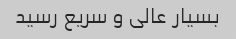
بسیار عالی و سریع رسید